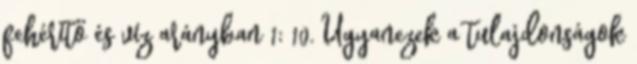
fehérítő és víz arányban 1; 10. Ugyanezek a tulajdonságok